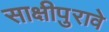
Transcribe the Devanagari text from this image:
साक्षीपुरावे